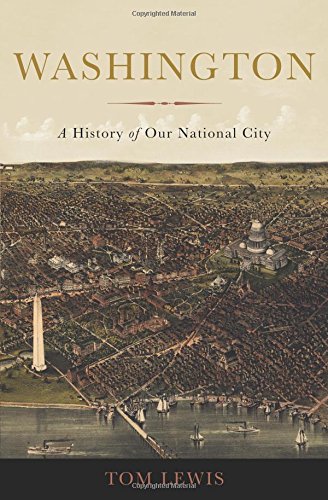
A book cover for Washington: A History of Our National City; Tom Lewis; Arts & Photography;